Annual report on the Civil Veterinary Department, Burma (including the Insein Veterinary School) - 1910-1922
Year: 1910
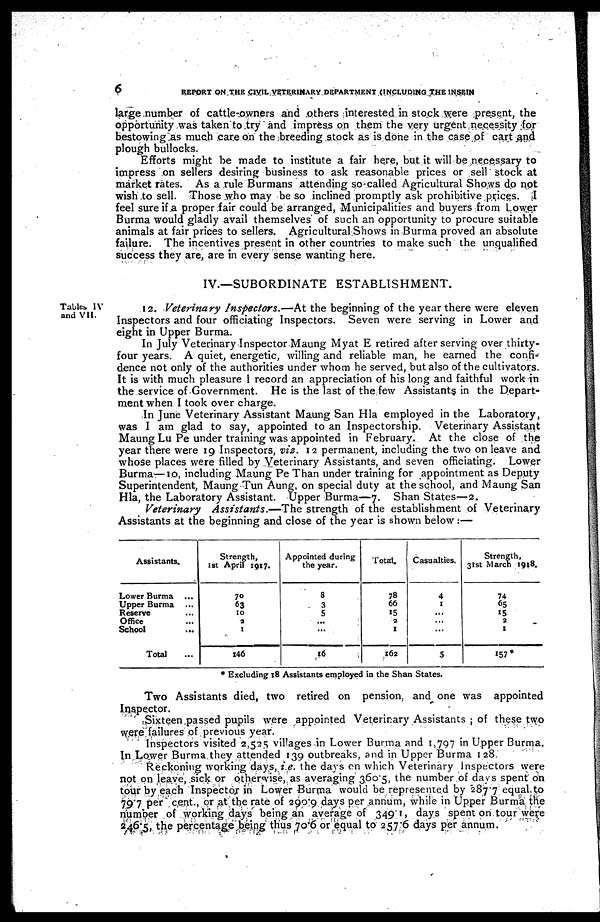
6
REPORT ON THE CIVIL VETERINARY DEPARTMENT (INCLUDING THE INSEIN
large number of cattle-owners and others interested in stock were present, the
opportunity was taken to try and impress on them the very urgent necessity for
bestowing as much care on the breeding stock as is done in the case of cart and
plough bullocks.
Efforts might be made to institute a fair here, but it will be necessary to
impress on sellers desiring business to ask reasonable prices or sell stock at
market rates. As a rule Burmans attending so-called Agricultural Shows do not
wish to sell. Those who may be so inclined promptly ask prohibitive prices. I
feel sure if a proper fair could be arranged, Municipalities and buyers from Lower
Burma would gladly avail themselves of such an opportunity to procure suitable
animals at fair prices to sellers. Agricultural Shows in Burma proved an absolute
failure. The incentives present in other countries to make such the unqualified
success they are, are in every sense wanting here.
IV.—SUBORDINATE ESTABLISHMENT.
Tables IV
and VII.
12. Veterinary Inspectors.—At the beginning of the year there were eleven
Inspectors and four officiating Inspectors. Seven were serving in Lower and
eight in Upper Burma.
In July Veterinary Inspector Maung Myat E retired after serving over thirty-
four years. A quiet, energetic, willing and reliable man, he earned the confi-
dence not only of the authorities under whom he served, but also of the cultivators.
It is with much pleasure I record an appreciation of his long and faithful work in
the service of Government. He is the last of the few Assistants in the Depart-
ment when I took over charge.
In June Veterinary Assistant Maung San Hla employed in the Laboratory,
was I am glad to say, appointed to an Inspectorship. Veterinary Assistant
Maung Lu Pe under training was appointed in February. At the close of the
year there were 19 Inspectors, viz. 12 permanent, including the two on leave and
whose places were filled by Veterinary Assistants, and seven officiating. Lower
Burma—10, including Maung Pe Than under training for appointment as Deputy
Superintendent, Maung Tun Aung, on special duty at the school, and Maung San
Hla, the Laboratory Assistant. Upper Burma—7. Shan States—2.
Veterinary Assistants.—The strength of the establishment of Veterinary
Assistants at the beginning and close of the year is shown below:—
Assistants.
Lower Burma ...
Upper Burma ...
Reserve ...
Office ...
School
...
Total ...
Strength,
1st April 1917.
70
63
10
2
1
146
Appointed during
the year.
8
3
5
...
...
16
Total.
78
66
15
a
1
162
Casualties.
4
1
...
...
...
5
Strength,
31st March 1918.
74
65
15
2
1
157*
* Excluding 18 Assistants employed in the Shan States.
Two Assistants died, two retired on pension, and one was appointed
Inspector.
Sixteen passed pupils were appointed Veterinary Assistants; of these two
were failures of previous year.
Inspectors visited 2,525 villages in Lower Burma and 1,797 in Upper Burma.
In Lower Burma they attended 139 outbreaks, and in Upper Burma 128.
Reckoning working days, i.e. the days on which Veterinary Inspectors were
not on leave, sick or otherwise, as averaging 3605, the number of days spent on
tour by each Inspector in Lower Burma would be represented by 2877 equal to
79.7 per cent., or at the rate of 290.9 days per annum, while in Upper Burma the
number of working days being an average of 349.1, days spent on tour were
246.5, the percentage being thus 70.6 or equal to 257.6 days per annum.